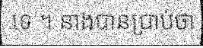
ទេ ។ នាងបានប្រាប់ថា